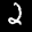
Label: 2